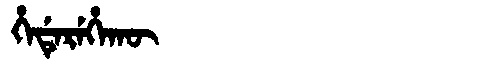
Manchu: ᡥᡝᡩᡝᡵᡝᡥᠠᡴᡡ
Romanization: HEDEREHAKŪ